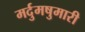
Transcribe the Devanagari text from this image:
मर्दुमषुमारी